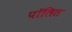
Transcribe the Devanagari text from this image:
पॉलित